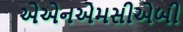
એએનએમસીએબી